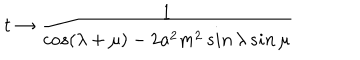
LaTeX: t \to \frac { 1 } { c o s ( \lambda + \mu ) - 2 a ^ { 2 } m ^ { 2 } \, s i n \, \lambda \, s i n \, \mu }